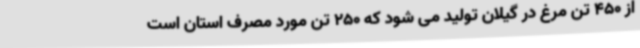
از 450 تن مرغ در گیلان تولید می شود که 250 تن مورد مصرف استان است